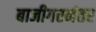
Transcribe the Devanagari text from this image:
बाजीगरनंतर